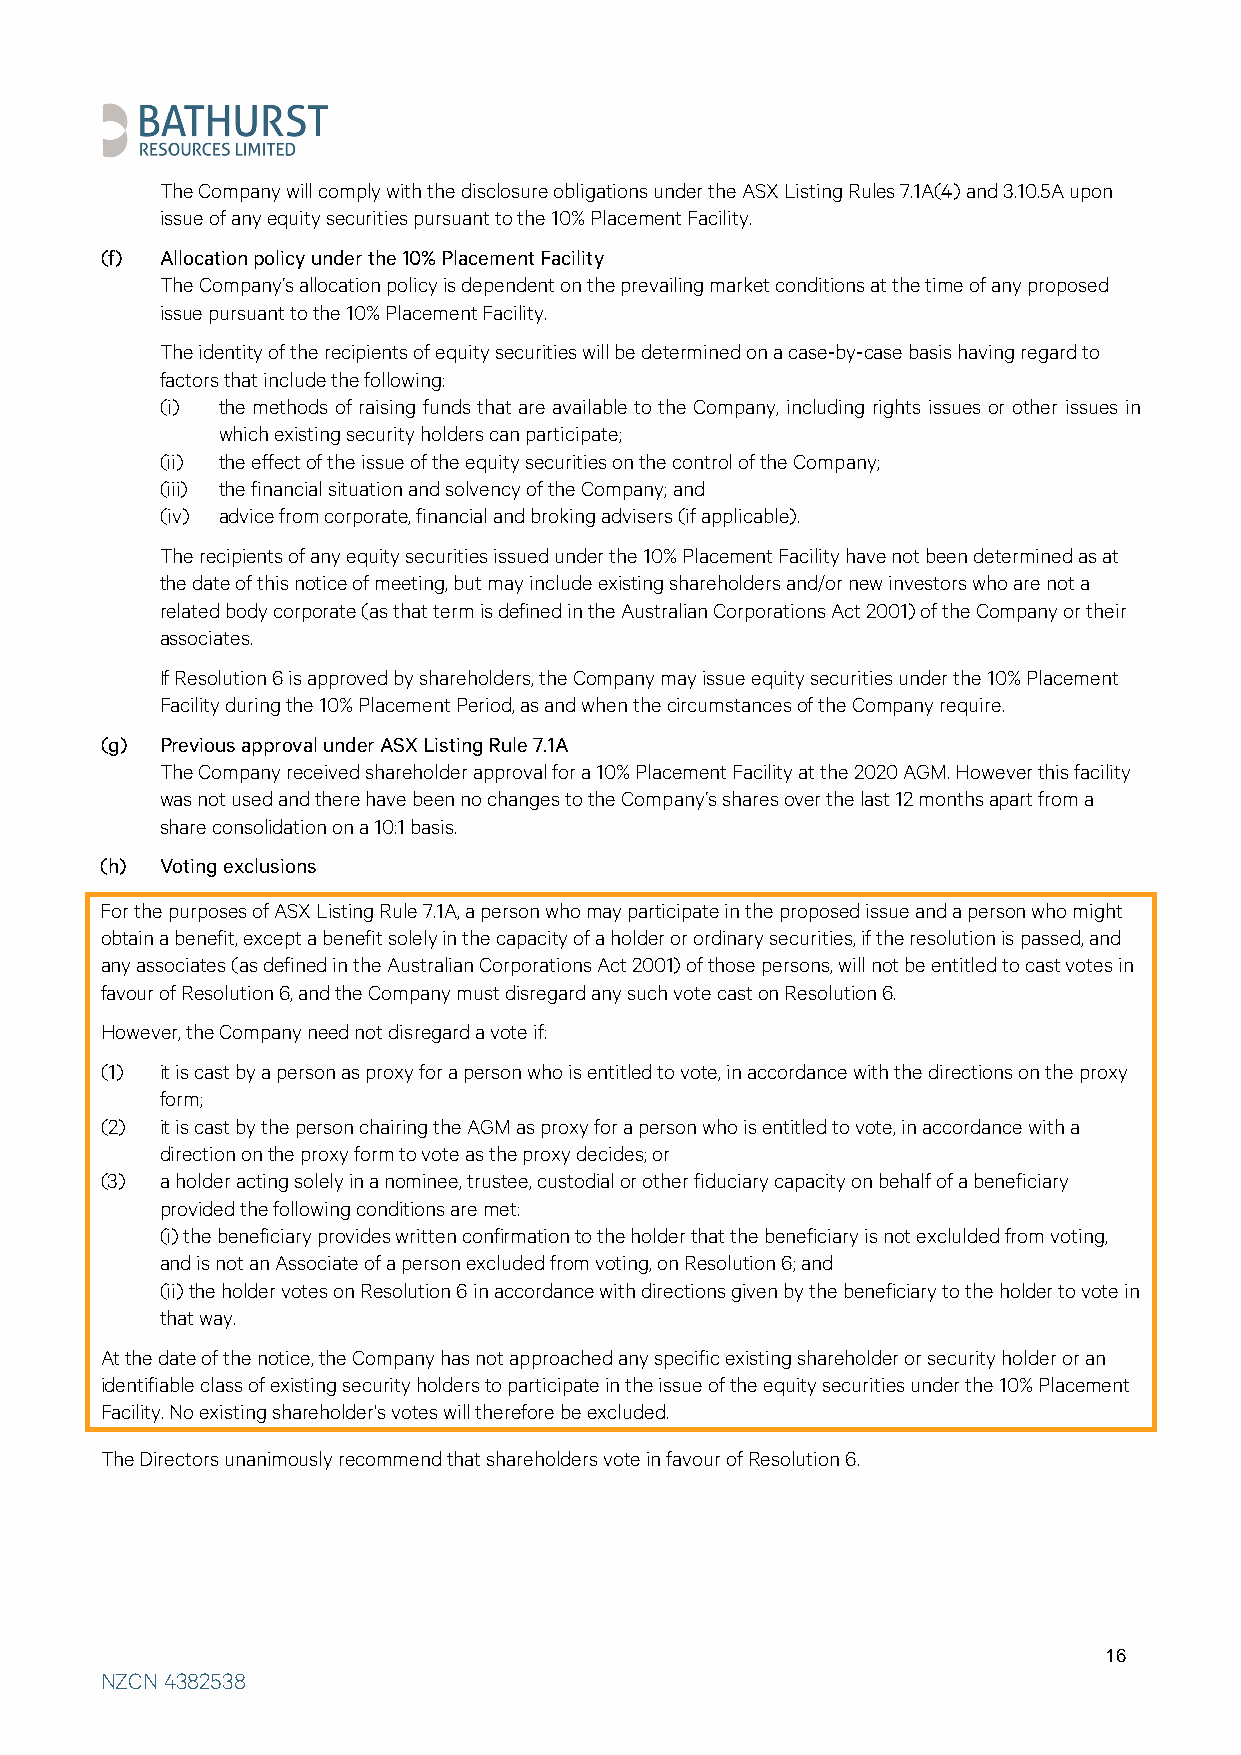
The Company will comply with the disclosure obligations under the ASX Listing Rules 7.1A(4) and 3.10.5A upon
 issue of any equity securities pursuant to the 10% Placement Facility.
 (f) Allocation policy under the 10% Placement Facility
 The Company’s allocation policy is dependent on the prevailing market conditions at the time of any proposed
 issue pursuant to the 10% Placement Facility.
 The identity of the recipients of equity securities will be determined on a case-by-case basis having regard to
 factors that include the following:
 (i) the methods of raising funds that are available to the Company, including rights issues or other issues in
 which existing security holders can participate;
 (ii) the effect of the issue of the equity securities on the control of the Company;
 (iii) the financial situation and solvency of the Company; and
 (iv) advice from corporate, financial and broking advisers (if applicable).
 The recipients of any equity securities issued under the 10% Placement Facility have not been determined as at
 the date of this notice of meeting, but may include existing shareholders and/or new investors who are not a
 related body corporate (as that term is defined in the Australian Corporations Act 2001) of the Company or their
 associates.
 If Resolution 6 is approved by shareholders, the Company may issue equity securities under the 10% Placement
 Facility during the 10% Placement Period, as and when the circumstances of the Company require.
 (g) Previous approval under ASX Listing Rule 7.1A
 The Company received shareholder approval for a 10% Placement Facility at the 2020 AGM. However this facility
 was not used and there have been no changes to the Company’s shares over the last 12 months apart from a
 share consolidation on a 10:1 basis.
 (h) Voting exclusions
 For the purposes of ASX Listing Rule 7.1A, a person who may participate in the proposed issue and a person who might
 obtain a benefit, except a benefit solely in the capacity of a holder or ordinary securities, if the resolution is passed, and
 any associates (as defined in the Australian Corporations Act 2001) of those persons, will not be entitled to cast votes in
 favour of Resolution 6, and the Company must disregard any such vote cast on Resolution 6.
 However, the Company need not disregard a vote if:
 (1) it is cast by a person as proxy for a person who is entitled to vote, in accordance with the directions on the proxy
 form;
 (2) it is cast by the person chairing the AGM as proxy for a person who is entitled to vote, in accordance with a
 direction on the proxy form to vote as the proxy decides; or
 (3) a holder acting solely in a nominee, trustee, custodial or other fiduciary capacity on behalf of a beneficiary
 provided the following conditions are met:
 (i) the beneficiary provides written confirmation to the holder that the beneficiary is not exclulded from voting,
 and is not an Associate of a person excluded from voting, on Resolution 6; and
 (ii) the holder votes on Resolution 6 in accordance with directions given by the beneficiary to the holder to vote in
 that way.
 At the date of the notice, the Company has not approached any specific existing shareholder or security holder or an
 identifiable class of existing security holders to participate in the issue of the equity securities under the 10% Placement
 Facility. No existing shareholder's votes will therefore be excluded.
 The Directors unanimously recommend that shareholders vote in favour of Resolution 6.
 16
 NZCN 4382538